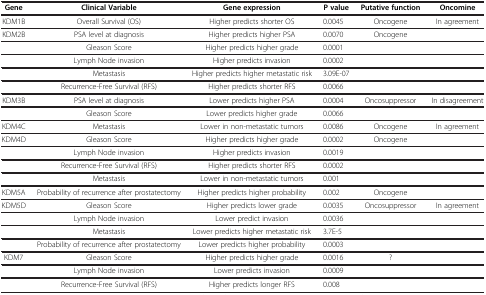
| Gene | Clinical Variable | Gene expression | P value | Putative function | Oncomine |
 | --- | --- | --- | --- | --- | --- |
 | KDM1B | Overall Survival (OS) | Higher predicts shorter OS | 0.0045 | Oncogene | In agreement |
 | KDM2B | PSA level at diagnosis | Higher predicts higher PSA | 0.0070 | Oncogene |  |
 |  | Gleason Score | Higher predicts higher grade | 0.0001 |  |  |
 |  | Lymph Node invasion | Higher predicts invasion | 0.0002 |  |  |
 |  | Metastasis | Higher predicts higher metastatic risk | 3.09E-07 |  |  |
 |  | Recurrence-Free Survival (RFS) | Higher predicts shorter RFS | 0.0066 |  |  |
 | KDM3B | PSA level at diagnosis | Lower predicts higher PSA | 0.0004 | Oncosuppressor | In disagreement |
 |  | Gleason Score | Lower predicts higher grade | 0.0066 |  |  |
 | KDM4C | Metastasis | Lower in non-metastatic tumors | 0.0086 | Oncogene | In agreement |
 | KDM4D | Gleason Score | Higher predicts higher grade | 0.0002 | Oncogene |  |
 |  | Lymph Node invasion | Higher predicts invasion | 0.0019 |  |  |
 |  | Recurrence-Free Survival (RFS) | Higher predicts shorter RFS | 0.0002 |  |  |
 |  | Metastasis | Lower in non-metastatic tumors | 0.001 |  |  |
 | KDM5A | Probability of recurrence after prostatectomy | Higher predicts higher probability | 0.002 | Oncogene |  |
 | KDM5D | Gleason Score | Higher predicts lower grade | 0.0035 | Oncosuppressor | In agreement |
 |  | Lymph Node invasion | Lower predict invasion | 0.0036 |  |  |
 |  | Metastasis | Lower predicts higher metastatic risk | 3.7E-5 |  |  |
 |  | Probability of recurrence after prostatectomy | Lower predicts higher probability | 0.0003 |  |  |
 | KDM7 | Gleason Score | Higher predicts higher grade | 0.0016 | ? |  |
 |  | Lymph Node invasion | Lower predicts invasion | 0.0009 |  |  |
 |  | Recurrence-Free Survival (RFS) | Higher predicts longer RFS | 0.008 |  |  |